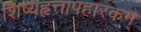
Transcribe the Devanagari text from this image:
शिष्यहृत्तापहारकम्